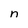
Character: n